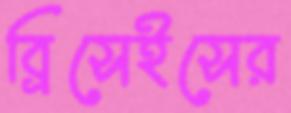
ব্রিসেইসের